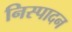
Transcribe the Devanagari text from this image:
निस्पादन